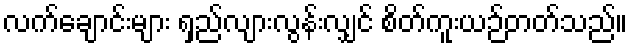
လက်ချောင်းများ ရှည်လျားလွန်းလျှင် စိတ်ကူးယဉ်တတ်သည်။